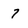
Character: 7